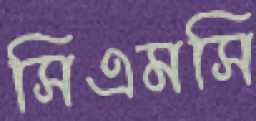
সিএমসি